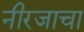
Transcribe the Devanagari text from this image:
नीरजाचा